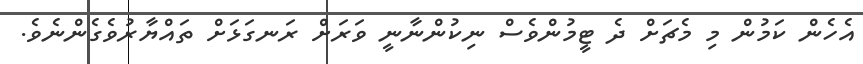
އެހެން ކަމުން މި މެޗަށް ދެ ޓީމުންވެސް ނިކުންނާނީ ވަރަށް ރަނގަޅަށް ތައްޔާރުވެގެންނެވެ.